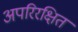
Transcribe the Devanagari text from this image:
अपरिरक्षित